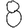
Digit: 8